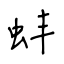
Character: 蚌